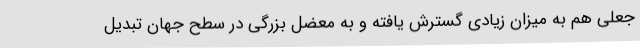
جعلی هم به میزان زیادی گسترش یافته و به معضل بزرگی در سطح جهان تبدیل